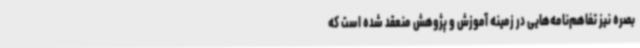
بصره نیز تفاهم‌نامه‌هایی در زمینه آموزش و پژوهش منعقد شده است که